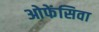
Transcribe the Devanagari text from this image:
ओफेंसिवा